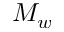
M _ { w }